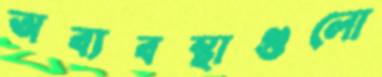
অব্যবস্থাগুলো